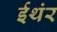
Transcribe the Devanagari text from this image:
ईथंर